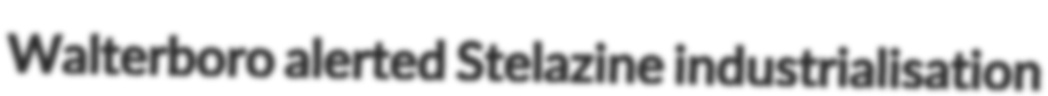
Walterboro alerted Stelazine industrialisation